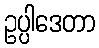
ဥပ္ပါဒေတာ